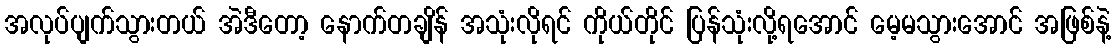
အလုပ်ပျက်သွားတယ် အဲဒီတော့ နောက်တချိန် အသုံးလိုရင် ကိုယ်တိုင် ပြန်သုံးလို့ရအောင် မေ့မသွားအောင် အဖြစ်နဲ့